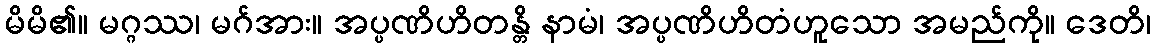
မိမိ၏။ မဂ္ဂဿ၊ မဂ်အား။ အပ္ပဏိဟိတန္တိ နာမံ၊ အပ္ပဏိဟိတံဟူသော အမည်ကို။ ဒေတိ၊